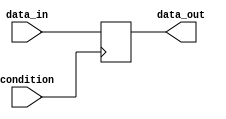
module Loop (
    input wire condition, // Condition for the loop
    input wire [7:0] data_in, // Data input
    output reg [7:0] data_out // Data output
);

// Initialize data_out
always @(posedge condition) begin
    if (condition) begin
        data_out <= data_in;
    end
end

endmodule